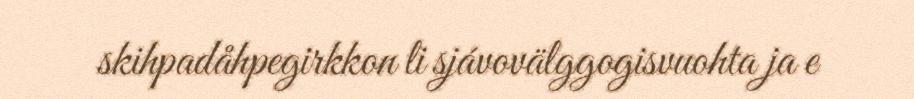
skihpadåhpegirkkon li sjávovälggogisvuohta ja e